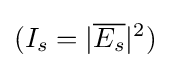
(I_{s}=|{\overline {E_{s}}}|^{2})